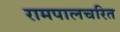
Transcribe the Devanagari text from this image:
रामपालचरित